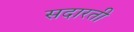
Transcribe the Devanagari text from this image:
सदारती